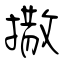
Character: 撒